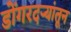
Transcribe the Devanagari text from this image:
डोंगरदर्‍यांतून